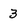
Character: 3